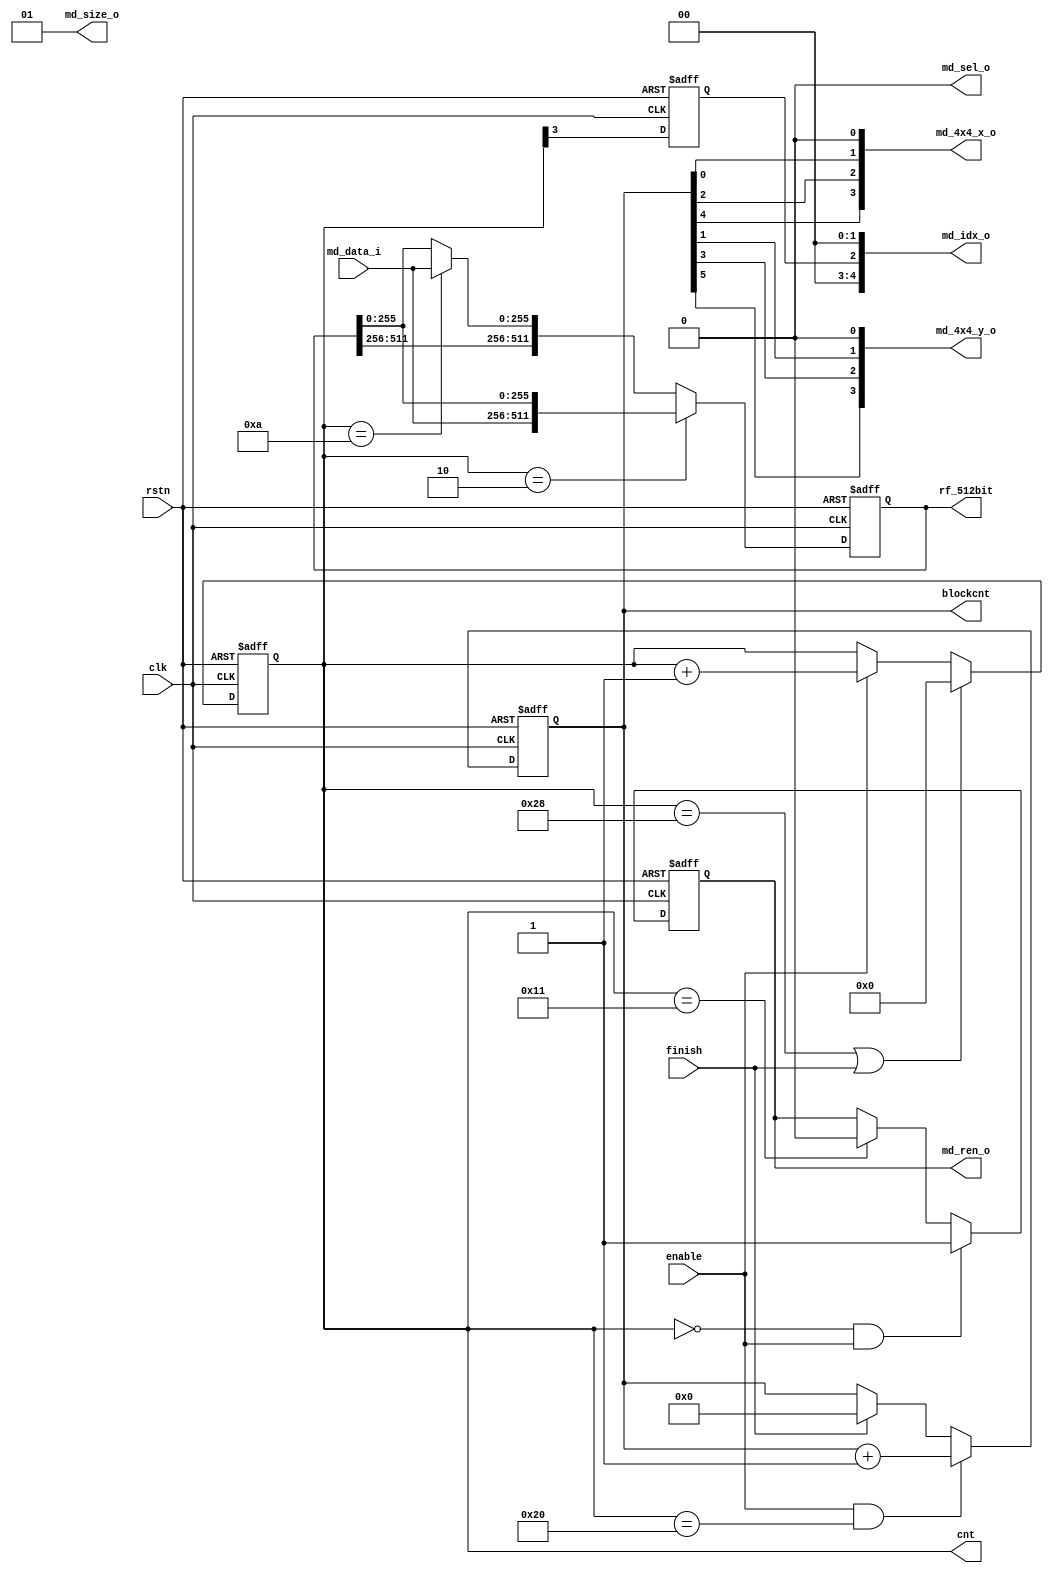
//======================================
//
//  Description   : original 8x8 block pixels fetch
//
//======================================
module fetch8x8(
	clk,
	rstn,
	
	enable,
	cnt,
	blockcnt,
	finish,
	rf_512bit,
	
	md_ren_o,	
	md_sel_o,	
	md_size_o,	
	md_4x4_x_o,	
	md_4x4_y_o,
	md_idx_o,	
	md_data_i	
);

	input						clk;
	input						rstn;
	input						enable;

	output		[5:0]			cnt;
	output		[6:0]			blockcnt;
	output      [511:0]         rf_512bit;
	input						finish;
	output						md_ren_o	;
	output						md_sel_o	;
	output		[1:0]			md_size_o	;
	output		[3:0]			md_4x4_x_o	;
	output		[3:0]			md_4x4_y_o	;
	output		[4:0]			md_idx_o	;
	input		[255:0]			md_data_i	;
	
	reg							md_ren_o	;
	wire						md_sel_o	;
	wire		[1:0]			md_size_o	;
	wire		[3:0]			md_4x4_x_o	;
	wire		[3:0]			md_4x4_y_o	;
	wire		[4:0]			md_idx_o	;
	reg         [511:0]         rf_512bit;
			
	reg			[5:0]			cnt;
	reg			[6:0]			blockcnt;
	wire		[255:0]			rdata;
	reg							flag;
	
//=====================================================================================
	
	assign		md_sel_o	=	1'b0;
	assign		md_size_o	=	2'b01;
	assign		md_idx_o	=	{2'b00,flag,2'b00};
	assign		md_4x4_x_o	=	{blockcnt[4],blockcnt[2],blockcnt[0],1'b0};
	assign		md_4x4_y_o	=	{blockcnt[5],blockcnt[3],blockcnt[1],1'b0};
	
	assign		rdata		=	md_data_i;
	
	always@(posedge clk or negedge rstn)
		if(!rstn)
			flag	<=	1'b0;
		else
			flag	<=	cnt[3];
	
	always@(posedge clk or negedge rstn)
		if(!rstn)
			cnt <= 'd0;
		else if((cnt == 'd40)||finish)
			cnt <= 'd0;
		else if(enable)
			cnt <= cnt + 1'b1;
			
	always@(posedge clk or negedge rstn)
		if(!rstn)
			blockcnt <= 'd0;
		else if(enable && (cnt == 'd32))
			blockcnt <= blockcnt + 1'b1;
		else if(finish)
			blockcnt <=	'd0;
	
	always@(posedge clk or negedge rstn)
		if(!rstn)
			md_ren_o	<=	1'b0;
		else if((cnt == 'd0)&&enable)
			md_ren_o	<=	1'b1;
		else if(cnt == 'd17)
			md_ren_o	<=	1'b0;
			
	always@(posedge clk or negedge rstn)
		if(!rstn)
			rf_512bit <= 512'b0;
		else if(cnt == 'd2)
			rf_512bit <= {rdata,rf_512bit[255:0]};
		else if(cnt == 'd10)
			rf_512bit <= {rf_512bit[511:256],rdata};
			
endmodule